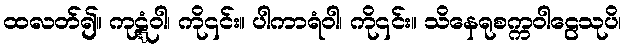
ထလတ်၍။ ကုဋ္ဋံဝါ၊ ကို၎င်း။ ပါကာရံဝါ၊ ကို၎င်း။ သိနေရုစက္ကဝါဠေသုပိ၊